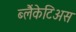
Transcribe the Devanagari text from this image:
ब्लैंकेटिअस